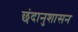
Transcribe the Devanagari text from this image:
छंदानुशासन